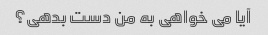
آیا می خواهی به من دست بدهی؟